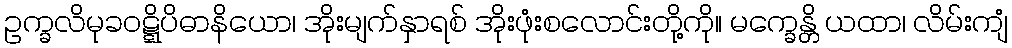
ဥက္ခလိမုခဝဋ္ဋိပိဓာနိယော၊ အိုးမျက်နှာရစ် အိုးဖုံးစလောင်းတို့ကို။ မက္ခေန္တိ ယထာ၊ လိမ်းကျံ